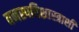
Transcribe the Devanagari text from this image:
वनस्पतिशास्त्राशी